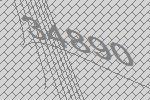
34890